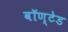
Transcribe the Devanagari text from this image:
वॉण्टेड